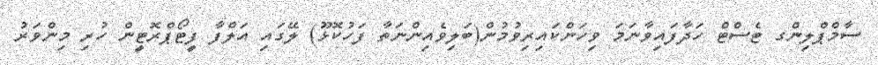
ސާމްޕްލިންގ ޓެސްޓް ހަދާފައިވާނަމަ ވިހަންކައިރިވުމުން(ބަލިވެއިންނަތާ ފަހުކޮޅޫ) ލޭގައި އަލްފާ ފީޓޯޕްރޮޓީން ހުރި މިންވަރު